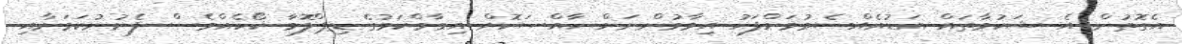
އެގޮތުން އެ ޝަކުވާތައް އަޑުއެއްސެވުމަށްފަހު އިމާމުންނަށް ހާއްސަކޮށް އިމާމްކަމުގެ ޑިޕްލޮމާ ކޯހެއްވެސް ފެށުނުކަމަށާއި